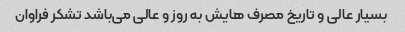
بسیار عالی و تاریخ مصرف هایش به روز و عالی می‌باشد تشکر فراوان